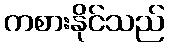
ကစားနိုင်သည်